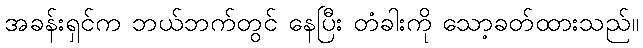
အခန်းရှင်က ဘယ်ဘက်တွင် နေပြီး တံခါးကို သော့ခတ်ထားသည်။